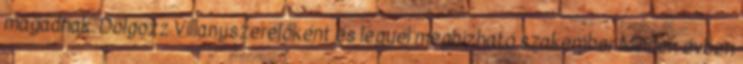
magadnak. Dolgozz Villanyszerelőként és legyél megbízható szakember Minden évben